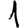
Digit: 1